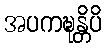
အပကဍ္ဎန္တိပိ